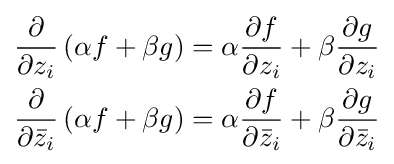
{\begin{aligned}{\frac {\partial }{\partial z_{i}}}\left(\alpha f+\beta g\right)&=\alpha {\frac {\partial f}{\partial z_{i}}}+\beta {\frac {\partial g}{\partial z_{i}}}\\{\frac {\partial }{\partial {\bar {z}}_{i}}}\left(\alpha f+\beta g\right)&=\alpha {\frac {\partial f}{\partial {\bar {z}}_{i}}}+\beta {\frac {\partial g}{\partial {\bar {z}}_{i}}}\end{aligned}}